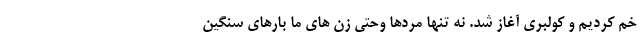
خم کردیم و کولبری آغاز شد. نه تنها مردها وحتی زن های ما بارهای سنگین